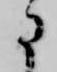
に